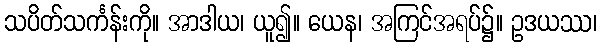
သပိတ်သင်္ကန်းကို။ အာဒါယ၊ ယူ၍။ ယေန၊ အကြင်အရပ်၌။ ဥဒယဿ၊